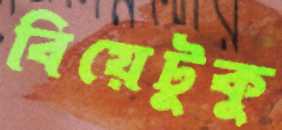
বিয়েটুকু